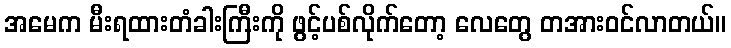
အမေက မီးရထားတံခါးကြီးကို ဖွင့်ပစ်လိုက်တော့ လေတွေ တအားဝင်လာတယ်။